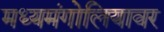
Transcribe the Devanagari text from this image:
मध्यमंगोलियावर